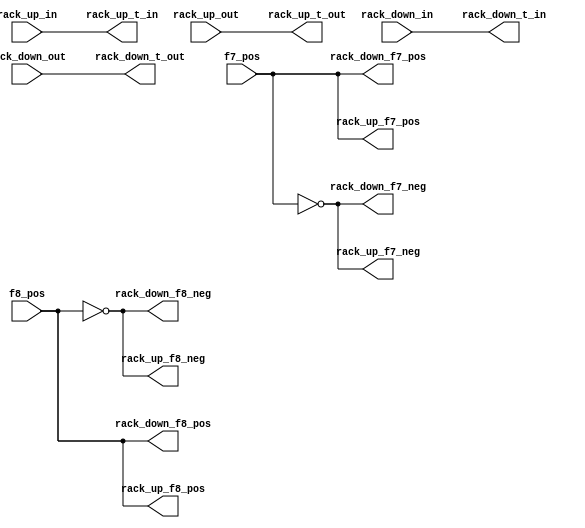
/* Top-level Tank Decoder Distribution Unit provides gating EMFs 
 * used in final stage of Tank Decoding. Each rack had a Tank 
 * Distribution Unit, so in all 4 instances of following top 
 * level module.
 */

module tank_dist
  (output wire rack_down_f7_pos,
   output wire rack_up_f7_pos,
   output wire rack_down_f7_neg,
   output wire rack_up_f7_neg,
   output wire rack_down_f8_pos,
   output wire rack_up_f8_pos,
   output wire rack_down_f8_neg,
   output wire rack_up_f8_neg,
   output wire rack_down_t_in,
   output wire rack_up_t_in,
   output wire rack_down_t_out,
   output wire rack_up_t_out,

   input wire  rack_down_in,
   input wire  rack_down_out,
   input wire  rack_up_in,
   input wire  rack_up_out,
   input wire  f7_pos, // Tank address bit 7.
   input wire  f8_pos // Tank address bit 8.
  );

   assign {rack_up_f7_pos, rack_down_f7_pos} = {2{f7_pos}};
   assign {rack_up_f7_neg, rack_down_f7_neg} = {2{~f7_pos}};
   assign {rack_up_f8_pos, rack_down_f8_pos} = {2{f8_pos}};
   assign {rack_up_f8_neg, rack_down_f8_neg} = {2{~f8_pos}};

   // Input/output gating signals used in final stage of Tank Decoding.
   assign rack_down_t_in = rack_down_in;
   assign rack_up_t_in = rack_up_in;
   assign rack_down_t_out = rack_down_out;
   assign rack_up_t_out = rack_up_out;

endmodule